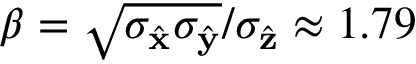
\beta = \sqrt { \sigma _ { \hat { \mathbf { x } } } \sigma _ { \hat { \mathbf { y } } } } / \sigma _ { \hat { \mathbf { z } } } \approx 1 . 7 9